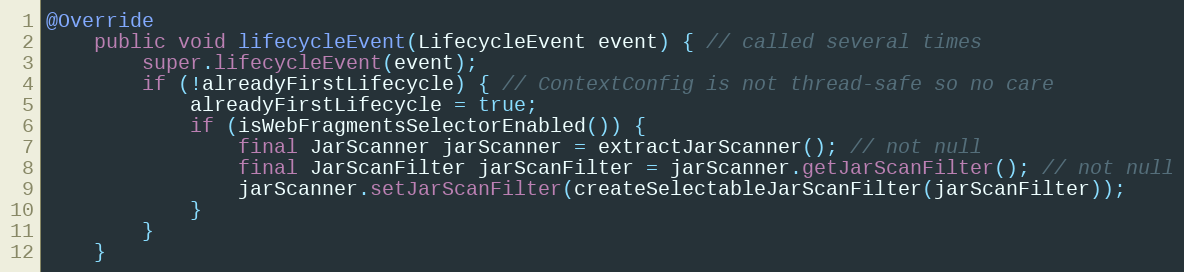
Language: Java
@Override
    public void lifecycleEvent(LifecycleEvent event) { // called several times
        super.lifecycleEvent(event);
        if (!alreadyFirstLifecycle) { // ContextConfig is not thread-safe so no care
            alreadyFirstLifecycle = true;
            if (isWebFragmentsSelectorEnabled()) {
                final JarScanner jarScanner = extractJarScanner(); // not null
                final JarScanFilter jarScanFilter = jarScanner.getJarScanFilter(); // not null
                jarScanner.setJarScanFilter(createSelectableJarScanFilter(jarScanFilter));
            }
        }
    }